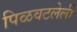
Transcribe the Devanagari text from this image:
पिळवटलेली